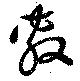
敷